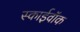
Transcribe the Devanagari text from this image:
स्काईवॉक